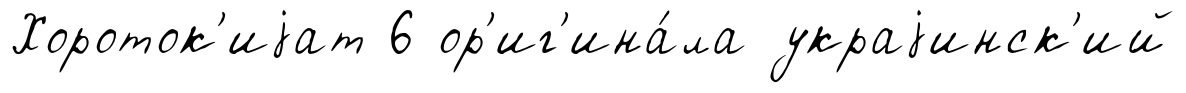
Хороток'иjат 6 ор'иг'ина́ла украjинск'ий